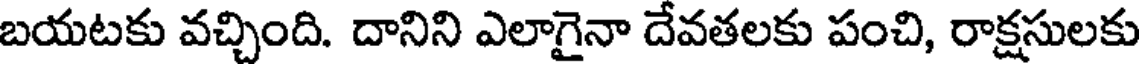
బయటకు వచ్చింది. దానిని ఎలాగైనా దేవతలకు పంచి, రాక్షసులకు